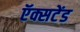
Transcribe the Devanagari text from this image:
ऍक्सटेंड